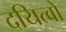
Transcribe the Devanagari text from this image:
दयित्वों